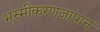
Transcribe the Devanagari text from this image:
भस्मीकरणजापान